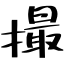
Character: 撮